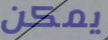
يمكن